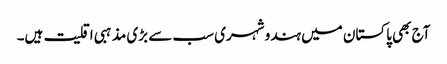
آج بھی پاکستان میں ہندو شہری سب سے بڑی مذہبی اقلیت ہیں۔